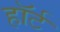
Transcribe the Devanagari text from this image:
हाॅर्ट